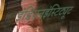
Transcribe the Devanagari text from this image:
इंडियनइंस्टिट्यूट